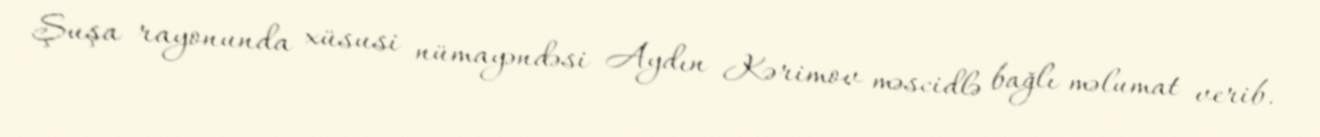
Şuşa rayonunda xüsusi nümayəndəsi Aydın Kərimov məscidlə bağlı məlumat verib.